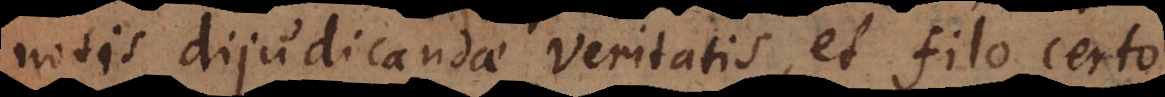
notis dijudicandae veritatis, et filo certo